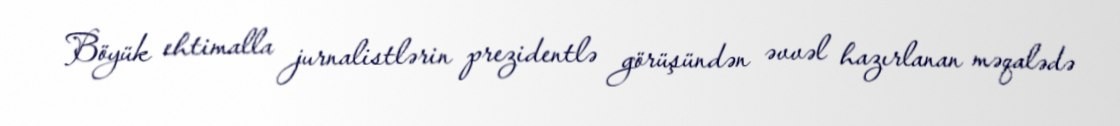
Böyük ehtimalla jurnalistlərin prezidentlə görüşündən əvvəl hazırlanan məqalədə